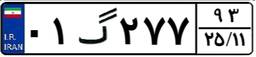
۰۱گ۲۷۷۹۳